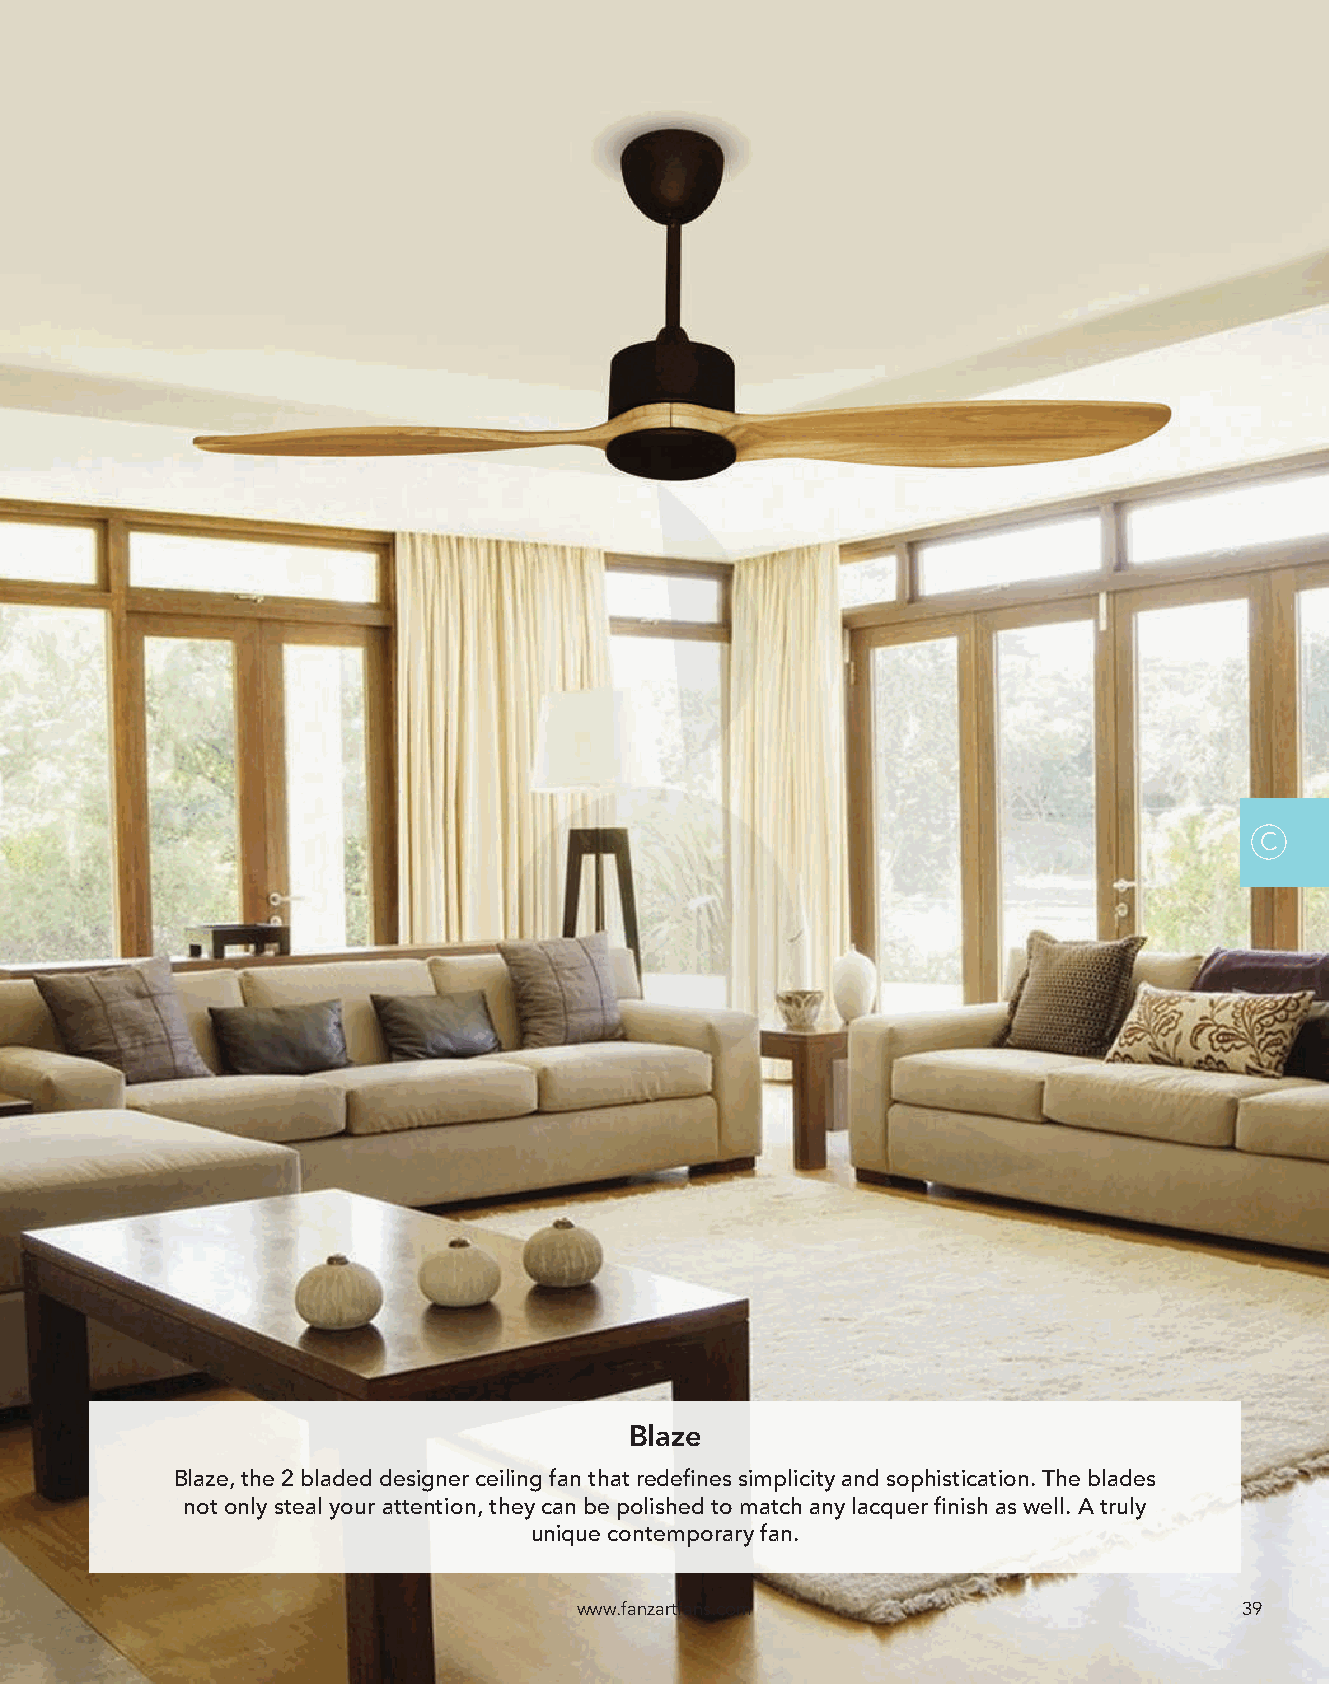
C
 Blaze
 Blaze, the 2 bladed designer ceiling fan that redefines simplicity and sophistication. The blades
 not only steal your attention, they can be polished to match any lacquer finish as well. A truly
 unique contemporary fan.
 www.fanzartfans.com                         39